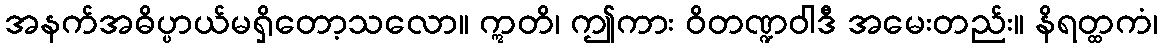
အနက်အဓိပ္ပာယ်မရှိတော့သလော။ ဣတိ၊ ဤကား ဝိတဏ္ဍဝါဒီ အမေးတည်း။ နိရတ္ထကံ၊